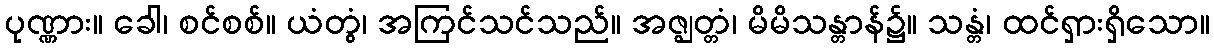
ပုဏ္ဏား။ ခေါ၊ စင်စစ်။ ယံတွံ၊ အကြင်သင်သည်။ အဇ္ဈတ္တံ၊ မိမိသန္တာန်၌။ သန္တံ၊ ထင်ရှားရှိသော။